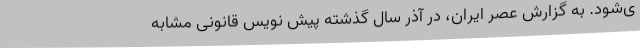
ی‌شود. به گزارش عصر ایران، در آذر سال گذشته پیش نویس قانونی مشابه